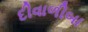
દીવાળીબા